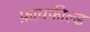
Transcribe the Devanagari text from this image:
फ़ायफील्ड